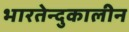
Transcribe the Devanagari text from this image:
भारतेन्दुकालीन